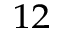
^ { 1 2 }